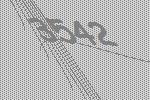
3542